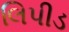
લિપીડ